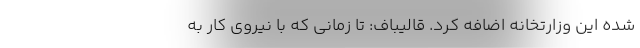
شده این وزارتخانه اضافه کرد. قالیباف: تا زمانی که با نیروی کار به